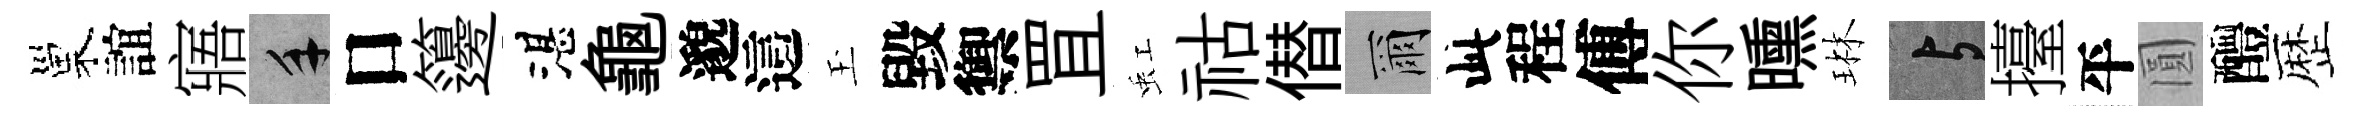
巢誼寤手口籩湛龜邈這玉毀禦罝虹祜僣爾此程傅你曛琳与擡平圓醴歴